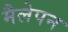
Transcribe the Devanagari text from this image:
मैलेपन